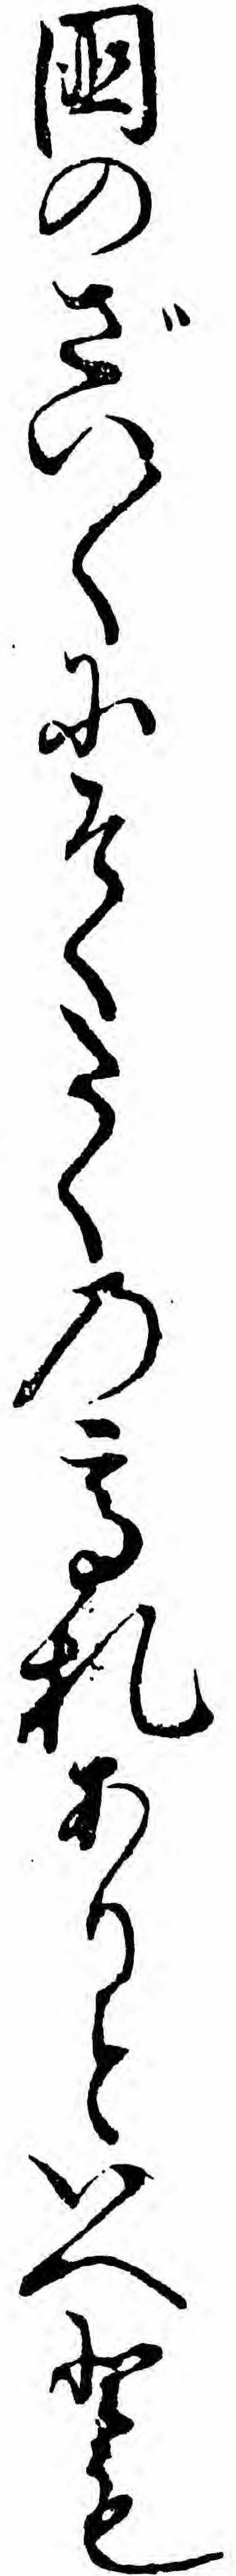
国のざい〱にそくたくの高札ありといへとも